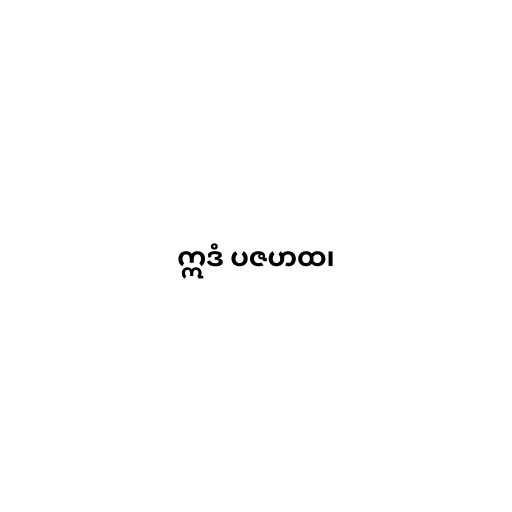
ဣဒံ ပဇဟထ၊